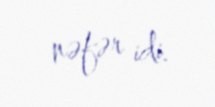
nəfər idi.